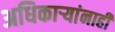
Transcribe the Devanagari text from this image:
अधिकार्‍यांनाही